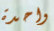
واحدة